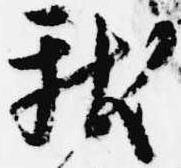
献